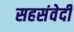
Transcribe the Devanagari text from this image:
सहसंवेदी